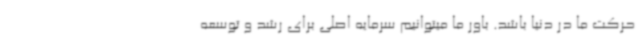
حرکت ما در دنیا باشد. باور ما میتوانیم سرمایه اصلی برای رشد و توسعه